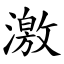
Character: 激